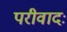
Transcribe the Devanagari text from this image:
परीवादः